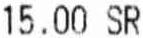
15.00 SR